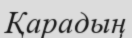
Қарадың